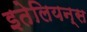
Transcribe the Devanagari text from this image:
इतेलियन्स